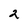
Character: 2